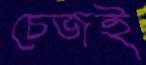
চেজই